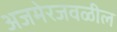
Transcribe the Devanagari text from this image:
अजमेरजवळील